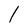
Character: l